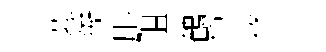
募衙彤阻鶴㝠條